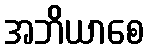
အဘိယာစေ